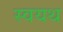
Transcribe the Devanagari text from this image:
स्वयथ